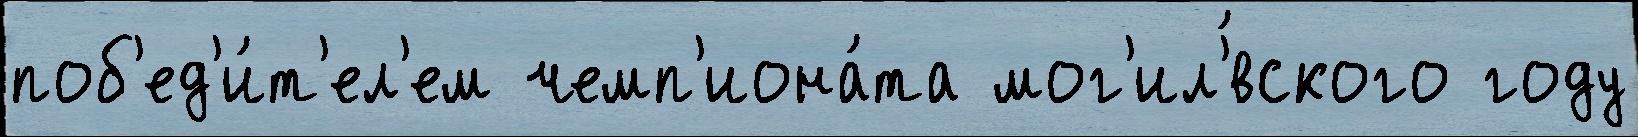
поб'ед'и́т'ел'ем чемп'иона́та мог'ил'́вского году